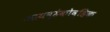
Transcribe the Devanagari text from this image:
आयव्हेकोव्हिक